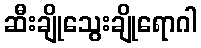
ဆီးချိုသွေးချိုရောဂါ